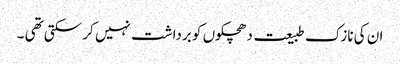
ان کی نازک طبیعت دھچکوں کو برداشت نہیں کر سکتی تھی ۔